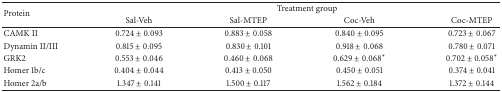
| <ROWSPAN=2> Protein | <COLSPAN=4> Treatment group |
 | Sal-Veh | Sal-MTEP | Coc-Veh | Coc-MTEP |
 | --- | --- | --- | --- | --- |
 | CAMK II | 0.724 ± 0.093 | 0.883 ± 0.058 | 0.840 ± 0.095 | 0.723 ± 0.067 |
 | Dynamin II/III | 0.815 ± 0.095 | 0.830 ± 0.101 | 0.918 ± 0.068 | 0.780 ± 0.071 |
 | GRK2 | 0.553 ± 0.046 | 0.460 ± 0.068 | 0.629 ± 0.068∗ | 0.702 ± 0.058∗ |
 | Homer 1b/c | 0.404 ± 0.044 | 0.413 ± 0.050 | 0.450 ± 0.051 | 0.374 ± 0.041 |
 | Homer 2a/b | 1.347 ± 0.141 | 1.500 ± 0.117 | 1.562 ± 0.184 | 1.372 ± 0.144 |